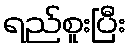
ရည်စူးပြီး